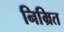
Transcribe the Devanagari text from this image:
निम्रित